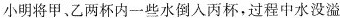
小明将甲、乙两杯内一些水倒入丙杯，过程中水没溢